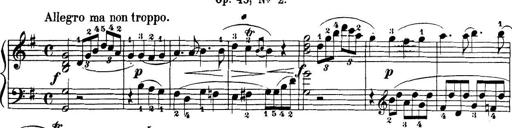
Title: 32 Sonatinas and Rondos for the Piano
Composer: Richard Kleinmichel